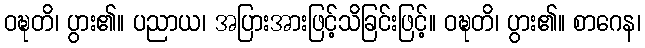
ဝဍ္ဎတိ၊ ပွား၏။ ပညာယ၊ အပြားအားဖြင့်သိခြင်းဖြင့်။ ဝဍ္ဎတိ၊ ပွား၏။ စာဂေန၊